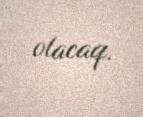
olacaq.